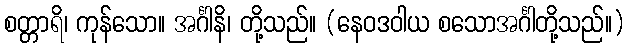
စတ္တာရိ၊ ကုန်သော။ အင်္ဂါနိ၊ တို့သည်။ (နေဝဒဝါယ စသောအင်္ဂါတို့သည်။)